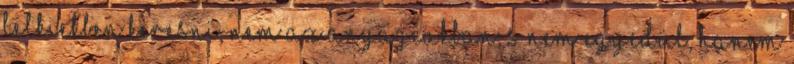
lelkiekben keresni, nem az anyagiakban; s nem egyedül, hanem